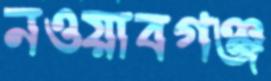
নওয়াবগঞ্জ